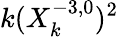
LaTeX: k(X_{k}^{-3,0})^{2}